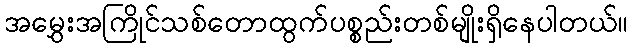
အမွှေးအကြိုင်သစ်တောထွက်ပစ္စည်းတစ်မျိုးရှိနေပါတယ်။